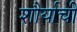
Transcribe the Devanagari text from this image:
शौर्याचीं